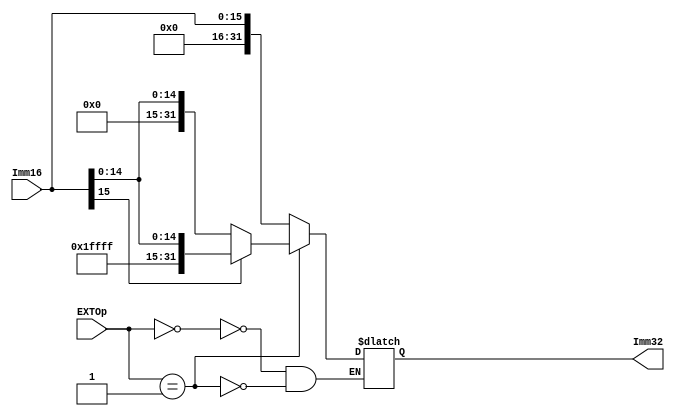
module EXT(Imm16, EXTOp, Imm32);
  input [15:0]Imm16;
  input [1:0]EXTOp;
  output reg [31:0]Imm32;
  
  always@(*)
  begin
    case (EXTOp)
      00:
        Imm32 <= {16'b0, Imm16[15:0]};
      01:
        Imm32 <= Imm16[15]?{16'hFFFF, Imm16}:{16'b0, Imm16};
      10:
        Imm32 <= {Imm16, 16'b0};
      default:
        ;
    endcase
  end
endmodule